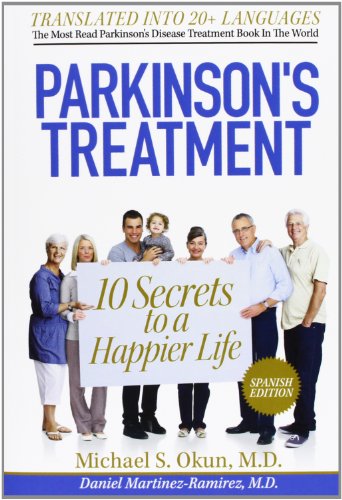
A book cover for Parkinson's Treatment Spanish Edition: 10 Secrets to a Happier Life: 10 secretos para vivir feliz a pesar de la enfermedad de Parkinson; Michael S Okun MD; Health, Fitness & Dieting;